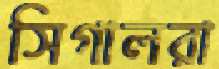
সিগালরা